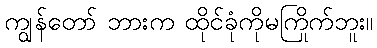
ကျွန်တော် ဘားက ထိုင်ခုံကိုမကြိုက်ဘူး။